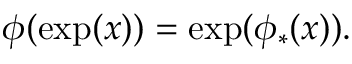
\phi ( \exp ( x ) ) = \exp ( \phi _ { * } ( x ) ) .